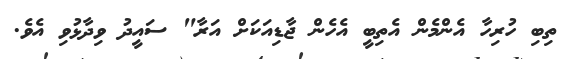
ތިބި ހުރިހާ އެންމެން އެތިބީ އެހެން ޖާޑިއަކަށް އަރާ" ސައީދު ވިދާޅުވި އެވެ.